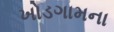
ખોડગામના